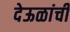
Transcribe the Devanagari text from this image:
देऊळांची